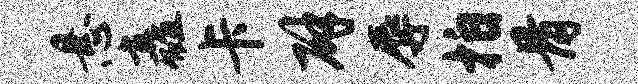
悬矗卡辟辱拍骨